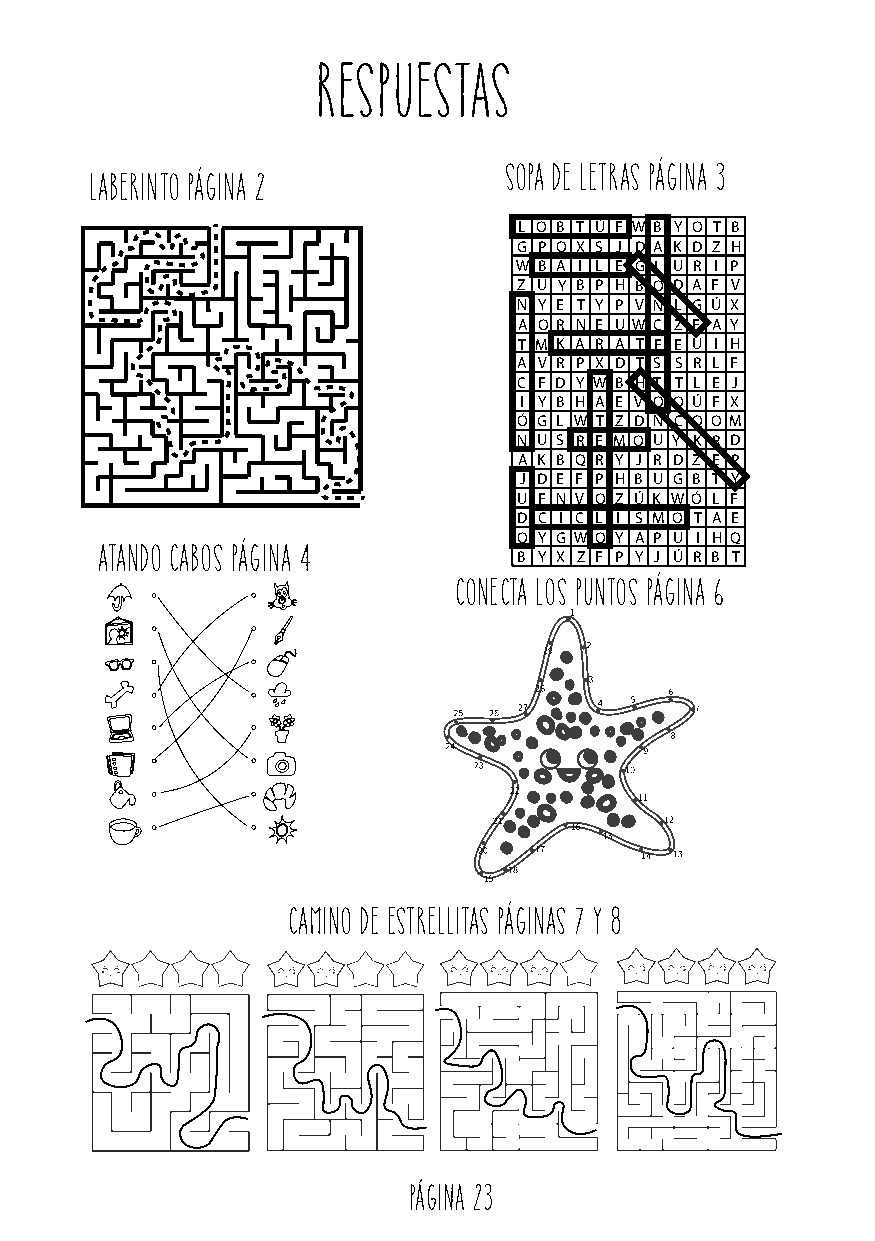
RESPUESTas
 SOPA DE LETRAS PÁGINA 3
 laberinto PÁGINA 2
 L O B T Ú F W B Y O T B
 G P Q X S J D A K D Z H
 W B A I L E G L U R I P
 Z U Y B P H B O D A F V
 N Y E T Y P V N L G Ú X
 A O R N E U W C Z F A Y
 T M K A R A T E E U I H
 A V R P X D T S S R L F
 C F D Y W B H T T L E J
 I Y B H A E V O O Ú F X
 Ó G L W T Z D N C Q O M
 N U S R E M O U Y K R D
 A K B Q R Y J R D Z E P
 J D E F P H B U G B T Y
 U F N V O Z Ú K W Ó L F
 D C I C L I S M O T A E
 O Y G W O Y A P U I H Q
 ATANDO CABOS PÁGINA 4       B Y X Z F P Y J Ú R B T
 CONECTA LOS PUNTOS PÁGINA 6
 CAMINO DE ESTRELLITAS PÁGINAS 7 y 8
 Página 23